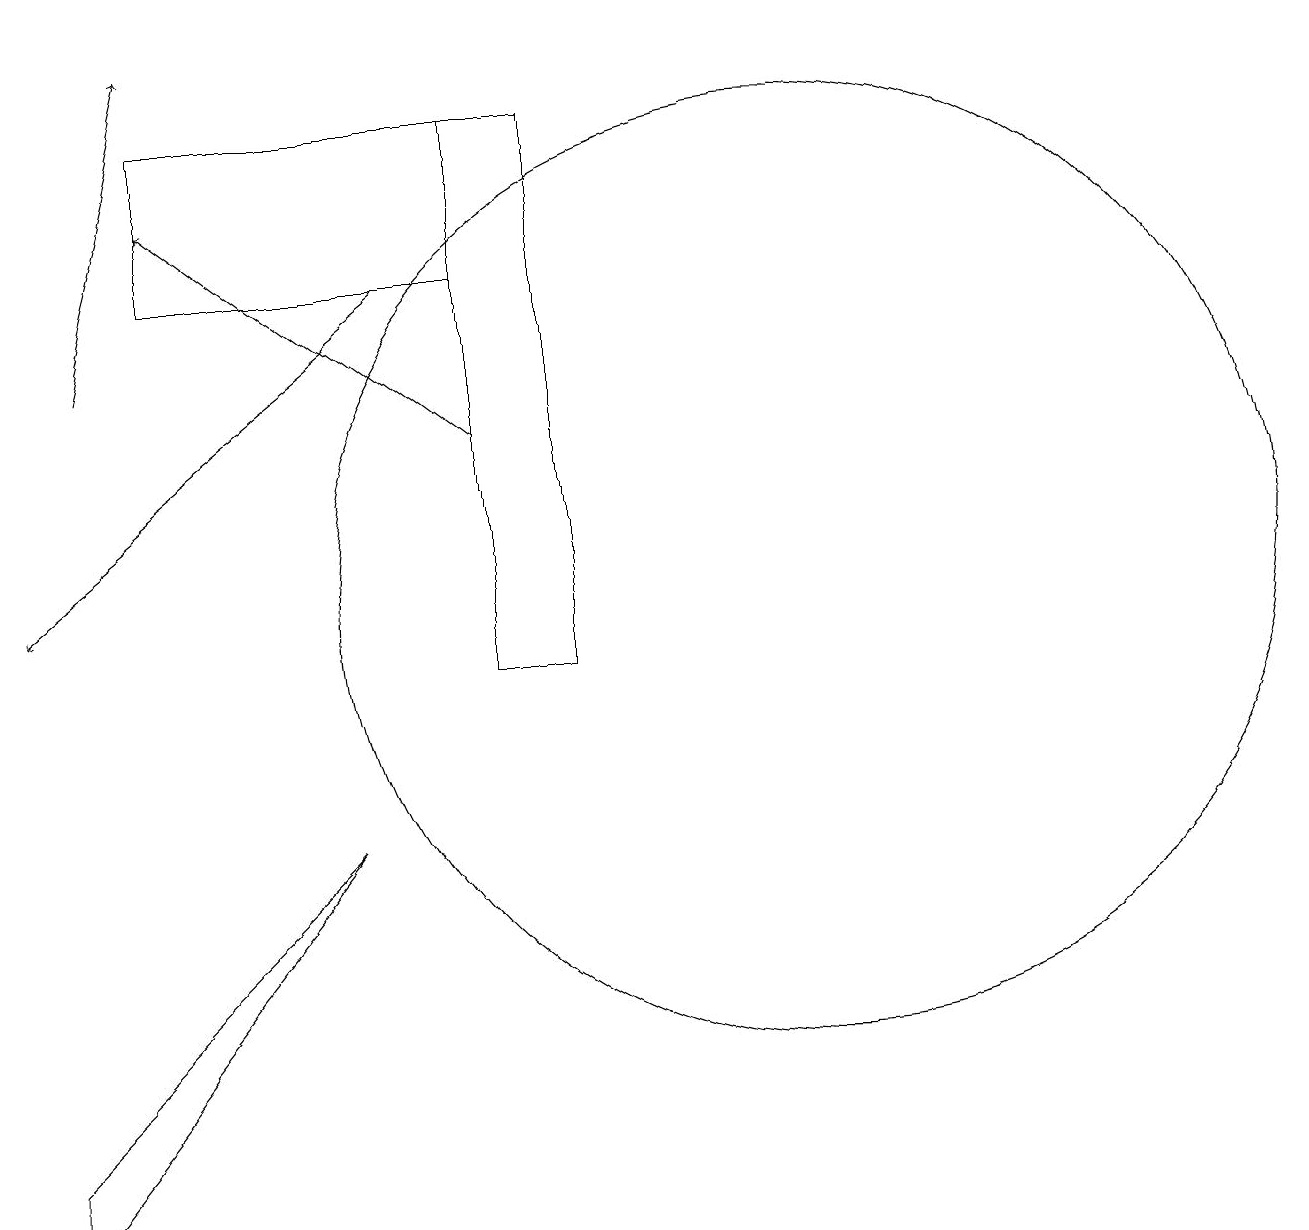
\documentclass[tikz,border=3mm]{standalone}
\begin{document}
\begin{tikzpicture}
\draw (7,10) rectangle (8,17);
\draw[->] (6,15) -- (1,11);
\draw[->] (7,13) -- (3,16);
\draw (11,11) circle (6);
\draw (7,15) rectangle (3,17);
\draw (1,3) -- (1,4) -- (5,8) -- cycle;
\draw[->] (2,14) -- (3,18);
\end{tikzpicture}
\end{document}